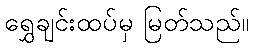
ရွှေချင်းထပ်မှ မြတ်သည်။